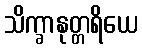
သိက္ခာနုတ္တရိယေ